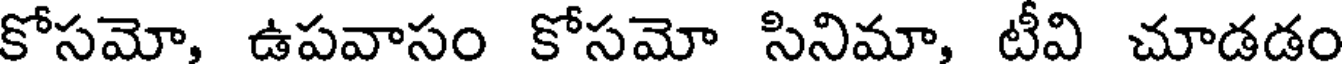
కోసమో, ఉపవాసం కోసమో సినిమా, టీవి చూడడం